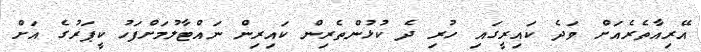
އޭރިއާތެރެއަށް ވަދެ ކައިރީގައި ހުރި ދެ ކުޅުންތެރިން ކައިރިން ނައްޓާލުމަށްފަހު ކީޕަރުގެ އަށް